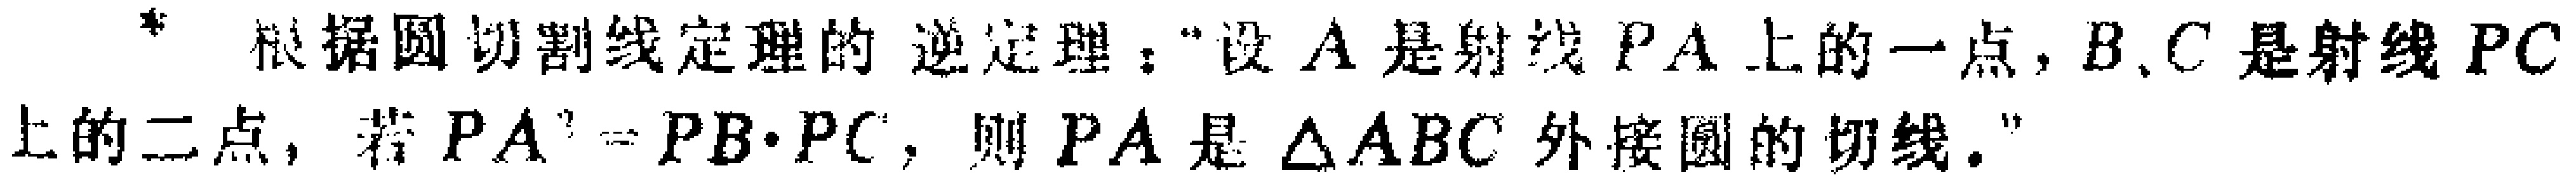
根据圆切割线定理的逆定理：“设\(A\)是射线\(PA\)上的一点，\(B,C\)是射线\(PC\)上的二点，若\(PA^{2} = PB\cdot PC\)，则\(PA\)是\(\triangle ABC\)外接圆的切线。”